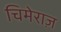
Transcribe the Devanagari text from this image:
चिमेराज़